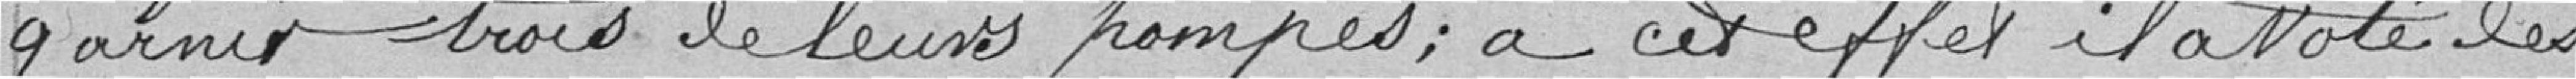
garnir trois de leurs pompes ; à cet effet il a voté les